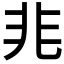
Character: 𭀡